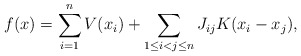
\begin{align*}f(x) &= \sum_{i=1}^n V(x_i) + \sum_{1 \le i < j \le n} J_{ij} K(x_i-x_j), \end{align*}